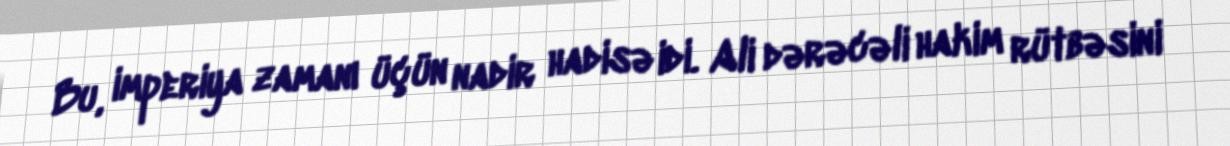
Bu, imperiya zamanı üçün nadir hadisə idi. Ali dərəcəli hakim rütbəsini